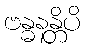
ဗန္ဓနန္တိပိ